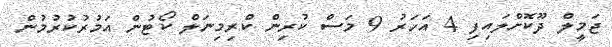
ޖަމީލް ދޫކޮށްލައިފި 4 އަހަރު 9 މަސް ކުރިން ކްރިމިނަލް ކޯޓުން އަމުރުކުރުމުން